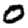
Digit: 0